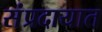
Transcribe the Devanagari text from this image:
संंप्रदायात